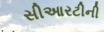
સીઆરટીની